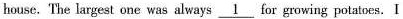
house. 'The largest one was always \underline{1} for growing potatoes. I